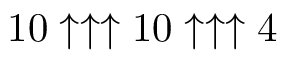
1 0 \uparrow \uparrow \uparrow 1 0 \uparrow \uparrow \uparrow 4